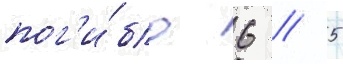
пог'и́бло 6 / 5